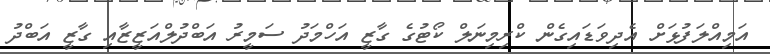
އަމިއްލަފުޅަށް އެދިވަޑައިގެން ކްރިމިނަލް ކޯޓުގެ ގާޒީ އަހްމަދު ސަމީރު އަބްދުލްއަޒީޒާއި ގާޒީ އަބްދު